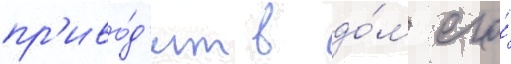
пр'иво́д'ит в до́м его́